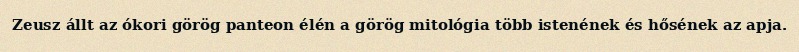
Zeusz állt az ókori görög panteon élén a görög mitológia több istenének és hősének az apja.